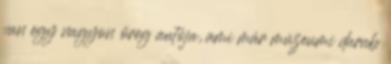
van egy nagyon öreg autója, ami már múzeumi darab